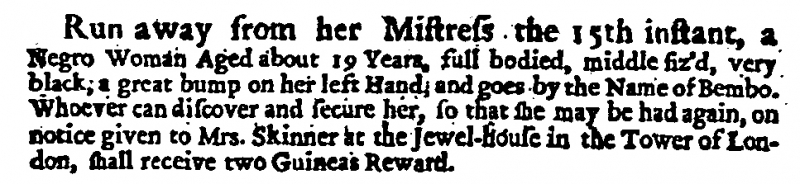
Daily Courant, 17 January 1705 (England)
Run away from her Mistress the 15th instant, a Negro Woman Aged about 19 Years, full bodied, middle siz’d, very black, a great bump on her left Hand, and goes by the name of Bembo. Whoever can discover and secure her, so that she may be had again, on notice given to Mrs. Skinner at the Jewel-house in the Tower of London, shall receive two Guineas Reward.